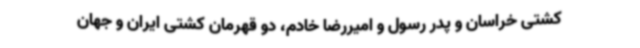
کشتی خراسان و پدر رسول و امیررضا خادم، دو قهرمان کشتی ایران و جهان